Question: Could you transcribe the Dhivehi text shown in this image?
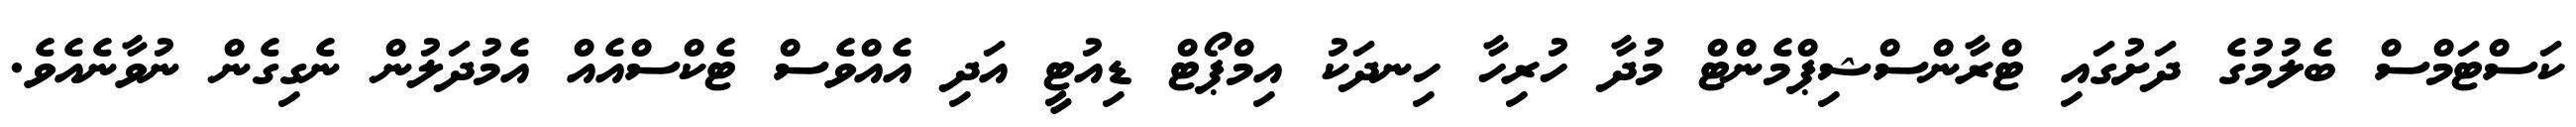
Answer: ކަސްޓަމްސް ބެލުމުގެ ދަށުގައި ޓްރާންސްޝިޕްމެންޓް މުދާ ހުރިހާ ހިނދަކު އިމްޕޯޓް ޑިއުޓީ އަދި އެއްވެސް ޓެކްސްއެއް އެމުދަލުން ނެގިގެން ނުވާނެއެވެ.